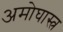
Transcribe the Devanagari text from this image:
अमोघास्त्र